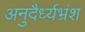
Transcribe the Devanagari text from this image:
अनुदैर्ध्यभ्रंश